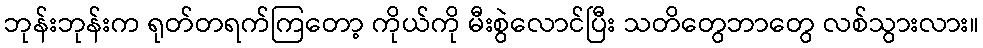
ဘုန်းဘုန်းက ရုတ်တရက်ကြတော့ ကိုယ်ကို မီးစွဲလောင်ပြီး သတိတွေဘာတွေ လစ်သွားလား။